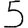
Digit: 5